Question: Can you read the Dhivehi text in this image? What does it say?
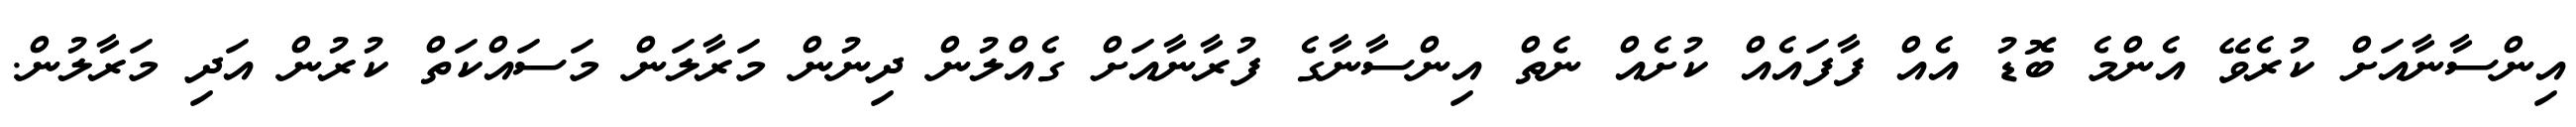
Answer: އިންސާނާއަށް ކުރެވޭ އެންމެ ބޮޑު އެއް ފާފައެއް ކުށެއް ނެތް އިންސާނާގެ ފުރާނާއަށް ގެއްލުން ދިނުން މަރާލަން މަސައްކަތް ކުރުން އަދި މަރާލުން.